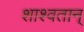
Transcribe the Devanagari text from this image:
शाश्वतान्